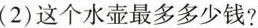
(2)这个水壶最多多少钱?